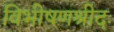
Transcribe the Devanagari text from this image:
विभीषणश्रीदः